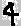
Text: 41